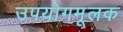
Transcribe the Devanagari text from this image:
उपयोगमूलक